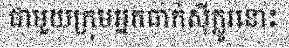
ជាមួយក្រុមអ្នកធាក់ស៊ីក្លូរនោះ